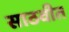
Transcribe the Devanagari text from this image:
साठवीत